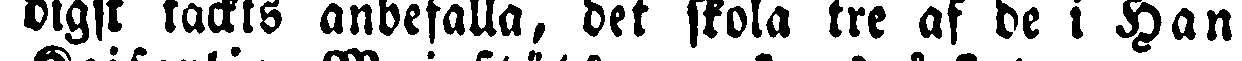
digst täckts anbefalla, det skola tre af de i Hans